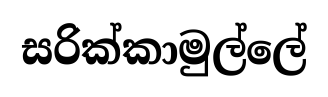
සරික්කාමුල්ලේ